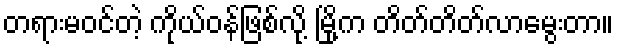
တရားမဝင်တဲ့ ကိုယ်ဝန်ဖြစ်လို့ မြို့က တိတ်တိတ်လာမွေးတာ။